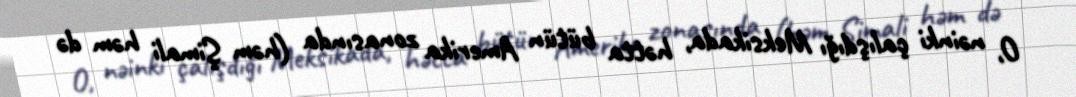
O, nəinki çalışdığı Meksikada, hətta bütün Amerika zonasında (həm Şimali həm də